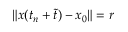
\| { \boldsymbol x } ( t _ { n } + \tilde { t } ) - { \boldsymbol x } _ { 0 } \| = r